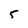
Character: 5